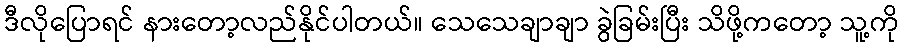
ဒီလိုပြောရင် နားတော့လည်နိုင်ပါတယ်။ သေသေချာချာ ခွဲခြမ်းပြီး သိဖို့ကတော့ သူ့ကို